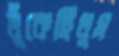
ধুঁকেছিলুম